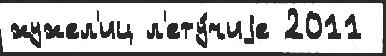
жужел'иц л'ету́чиjе 2011